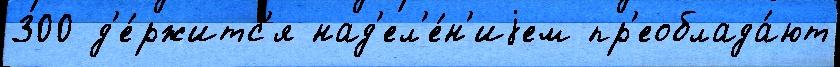
300 д'е́ржитс'я над'ел'е́н'иjем пр'еоблада́ют